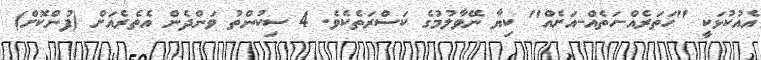
އެއުކުޅަކީ "ހަތަރެއް-ހަތެއް-އަށެއް" ކިޔާ ނޭވާލުމުގެ ކަސްރަތެކެވެ. 4 ސިކުންތު ވަންދެން އެތެރެއަށް (ފުންކޮށް)